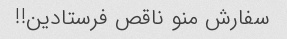
سفارش منو ناقص فرستادین!!